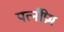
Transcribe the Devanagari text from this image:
पत्नीप्रेम